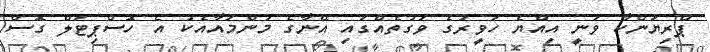
ޕްރިޔަންކާ ވަނީ އިއްޔެ ހަވީރުގެ ވަގުތެއްގައި އޭނާގެ މަންމައާއެކު އެ ހޮސްޕިޓަލް ގޮސް